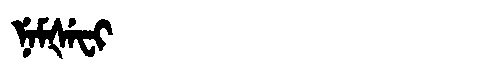
Manchu: ᠨᡝᠮᡧᡝᠸᡳ
Romanization: NEMŠEFI